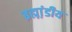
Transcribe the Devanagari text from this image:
ब्रह्म़ा़ंडीय